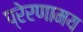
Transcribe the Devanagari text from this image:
प्रेरणामय